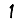
Digit: 1